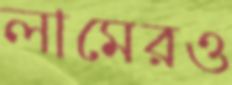
লামেরও